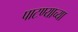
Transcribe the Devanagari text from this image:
पाटण्याच्या